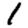
Digit: 1